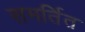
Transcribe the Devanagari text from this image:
समर्तित